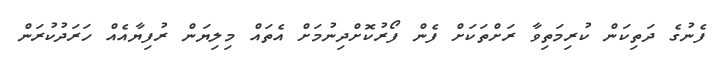
ފެނުގެ ދަތިކަން ކުރިމަތިވާ ރަށްތަކަށް ފެން ފޯރުކޮށްދިނުމަށް އެތައް މިލިޔަން ރުފިޔާއެއް ހަރަދުކުރަން